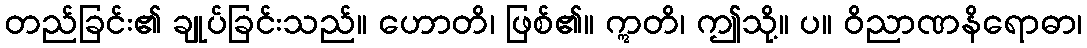
တည်ခြင်း၏ ချုပ်ခြင်းသည်။ ဟောတိ၊ ဖြစ်၏။ ဣတိ၊ ဤသို့။ ပ။ ဝိညာဏနိရောဓာ၊